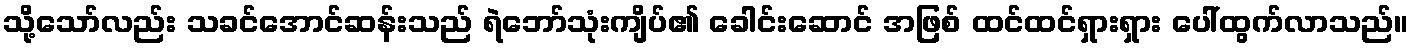
သို့သော်လည်း သခင်အောင်ဆန်းသည် ရဲဘော်သုံးကျိပ်၏ ခေါင်းဆောင် အဖြစ် ထင်ထင်ရှားရှား ပေါ်ထွက်လာသည်။